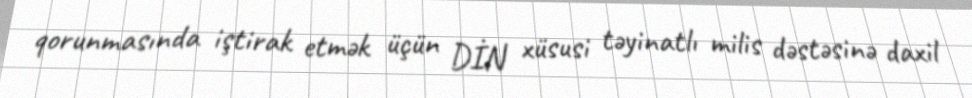
qorunmasında iştirak etmək üçün DİN xüsusi təyinatlı milis dəstəsinə daxil